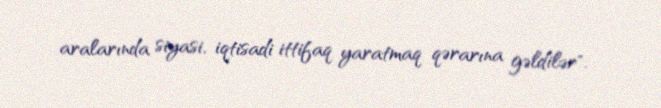
aralarında siyasi, iqtisadi ittifaq yaratmaq qərarına gəldilər".